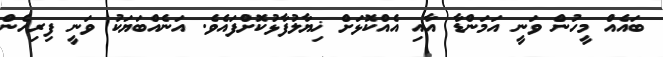
ބައެއް މީހުން ވަނީ އަމަންޑާ އާއި އެއްކޮޅަށް ޚިޔާލުފާޅުކޮށްފައެވެ. އަނެއްބަޔަކު ވަނީ ފިރިހެން